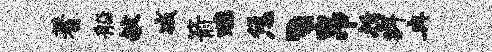
蓍船献减箭醺恁丶帛哲斜冉